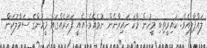
ލައްޕާލިއެވެ. ކައިރީތިބި މީހުން މާކަ ހައިރާނެން ނުވެއެވެ. އެއީ ފަހަރެއްގައި މީހުންގެ ސަމާލުކަން